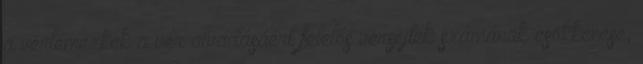
a vérlemezkék a vér alvadásáért felelős vérsejtek számának csökkenése,